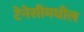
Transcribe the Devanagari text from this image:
टेनेसीमधील